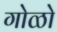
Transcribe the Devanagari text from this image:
गोळो